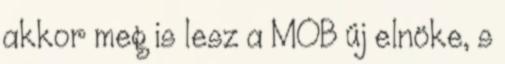
akkor meg is lesz a MOB új elnöke, s